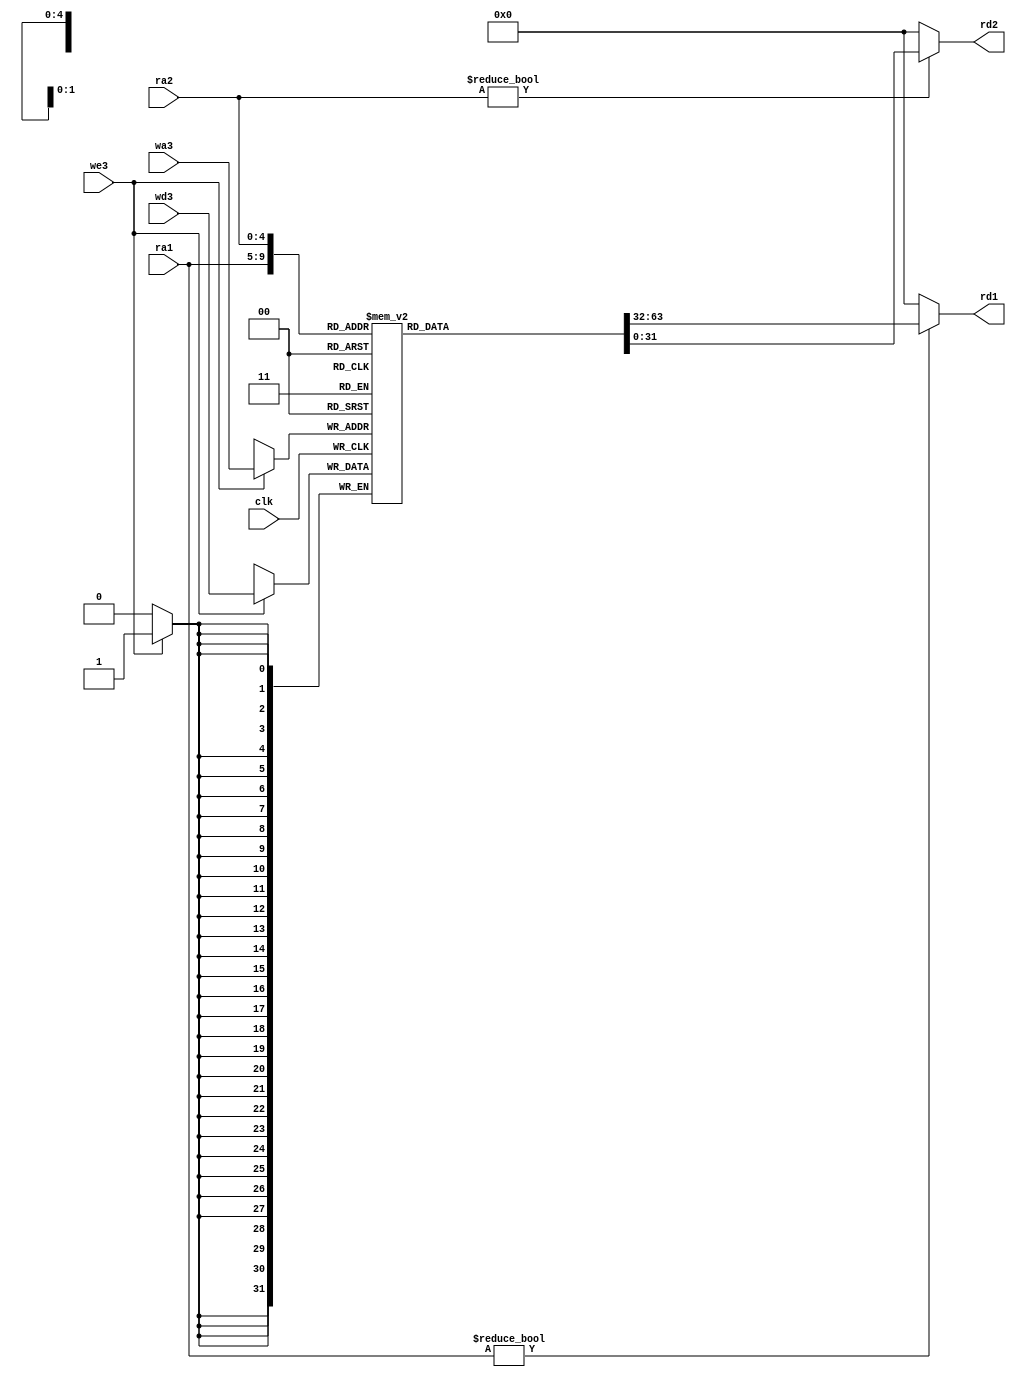
module regfile (
  input clk,
  input we3,
  input [4:0] ra1, ra2, wa3,
  input [31:0] wd3,
  output [31:0] rd1, rd2
);
  reg [31:0] rf[31:0];
  
  always @(posedge clk)
    if (we3) rf[wa3] <= wd3;
  
  assign rd1 = (ra1 != 0) ? rf[ra1] : 0;
  assign rd2 = (ra2 != 0) ? rf[ra2] : 0;
endmodule